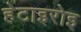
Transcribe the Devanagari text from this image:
हेटाइरोइ